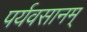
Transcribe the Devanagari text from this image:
पर्यवसानम्